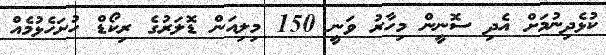
ކުޅެދިނުމަށް އެދި ސޮނީން މިހާރު ވަނީ 150 މިލިއަން ޑޮލަރުގެ ރިކޯޑް ހުށަހެޅުމެއް